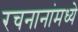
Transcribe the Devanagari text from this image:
रचनानांमध्ये